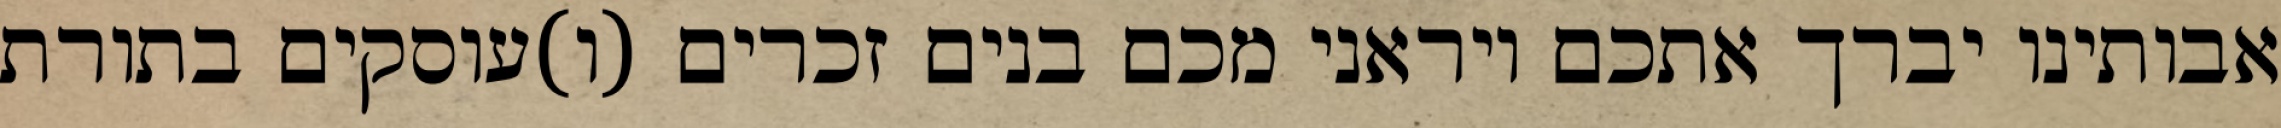
אבותינו יברך אתכם ויראני מכם בנים זכרים (ו)עוסקים בתורת